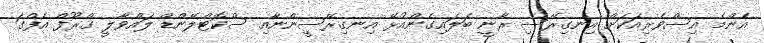
އެންމެ އިސްވެރިއަކަށް އިނގިރޭސި ރާނީ ބަލައިގެންއުޅޭ އިނގިރޭސީންނާއި ސްކޮޓްލޭންޑް ލައްވާލީ ގްރޫފް އެފްގަ